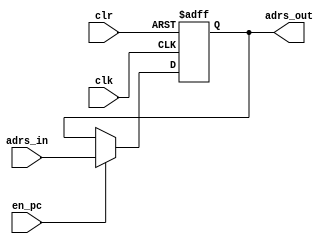
module pc(
	  clk,
	  clr,
	  adrs_in,
	  adrs_out,
	  en_pc
	  );
   
   input wire clk;
   input wire clr;
   input wire [7:0] adrs_in;
   input wire 	    en_pc;
   
   output  reg [7:0] adrs_out;
   
   always @(posedge clk or negedge clr)
     begin
	if( clr  == 1'b0)
	  begin
	     adrs_out <= 'h0;
	  end
	else if(en_pc == 1'b1)
	  begin
	     adrs_out <= adrs_in;
	  end
     end // always @ (posedge clk or negedge clr)
   
   
   
   
endmodule